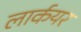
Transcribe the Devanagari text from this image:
लार्कयर